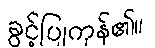
ခွင့်ပြုကုန်၏။